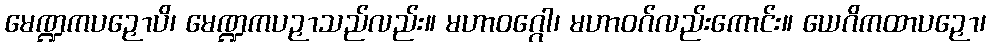
မေဏ္ဍကပဉှောပိ၊ မေဏ္ဍကပဉှာသည်လည်း။ မဟာဝဂ္ဂေါ၊ မဟာဝဂ်လည်းကောင်း။ ယေဂိကထာပဉှော၊